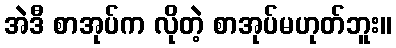
အဲဒီ စာအုပ်က လိုတဲ့ စာအုပ်မဟုတ်ဘူး။